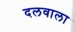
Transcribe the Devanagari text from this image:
दलवाला